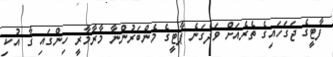
ފާޓީގެ ޖަގަހައިގެ ތެރެއަށް ވަދެގަނެ ޕާޓީގެ މެންބަރުންނާ މާރާމާރީ ހިންގައި ގާ އުކި